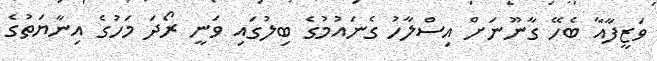
ވަޒީފާއާ ބެހޭ ގާނޫނަށް އިސްލާހު ގެނައުމުގެ ބިލުގައި ވަނީ ރޯދަ މަހުގެ އިނާޔަތުގެ